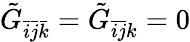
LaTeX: \tilde{G}_{\bar{i}\bar{j}\bar{k}}=\tilde{G}_{\bar{i}\bar{j}k}=0